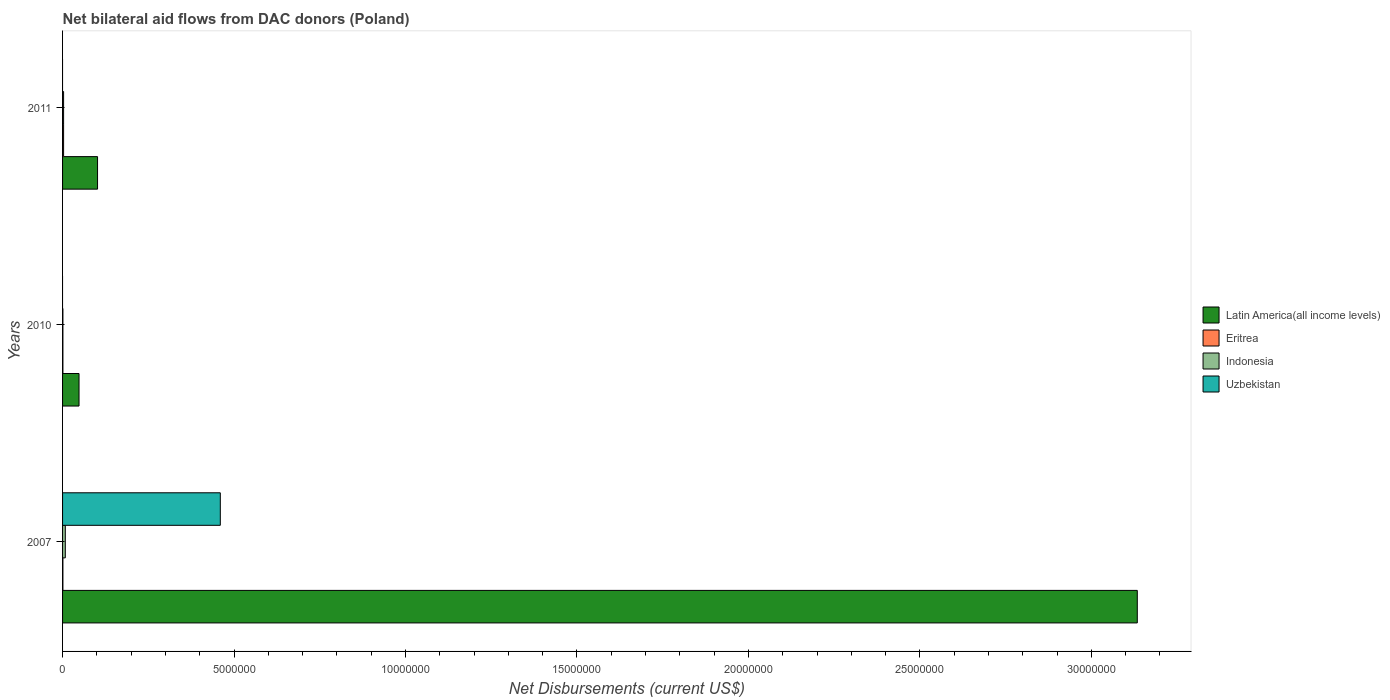
| Years | Latin America(all income levels) | Eritrea | Indonesia | Uzbekistan |
 | --- | --- | --- | --- | --- |
 | 2007 | 3.13e+07 | 1e+04 | 8e+04 | 4.6e+06 |
 | 2010 | 4.8e+05 | 1e+04 | 1e+04 | -6.3e+05 |
 | 2011 | 1.02e+06 | 3e+04 | 3e+04 | -1.23e+06 |